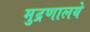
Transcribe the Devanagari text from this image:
मुद्रणालये